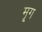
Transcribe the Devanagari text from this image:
मृ्ग